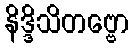
နိဒ္ဒိသိတဗ္ဗော